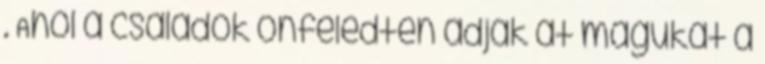
. Ahol a családok önfeledten adják át magukat a